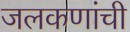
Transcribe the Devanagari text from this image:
जलकणांची